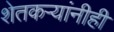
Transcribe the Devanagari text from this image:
शेतकऱ्यांनीही